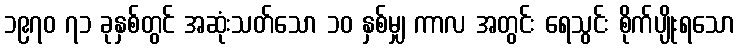
၁၉၇၀ ၇၁ ခုနှစ်တွင် အဆုံးသတ်သော ၁၀ နှစ်မျှ ကာလ အတွင်း ရေသွင်း စိုက်ပျိုးရသော